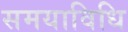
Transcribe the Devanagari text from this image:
समयाविधि